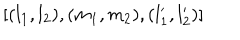
[ ( l _ { 1 } , l _ { 2 } ) , ( m _ { 1 } , m _ { 2 } ) , ( l _ { 1 } ^ { \prime } , l _ { 2 } ^ { \prime } ) ]